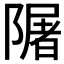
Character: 𨼑